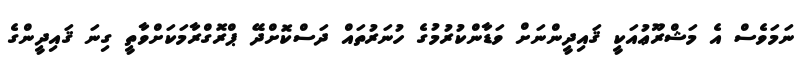
ނަމަވެސް އެ މަޝްރޫޢުއަކީ ޤައިދީންނަށް ވަޑާންކުރުމުގެ ހުނަރުތައް ދަސްކޮށްދޭ ޕްރޮގްރާމަކަށްވާތީ ގިނަ ޤައިދީންގެ